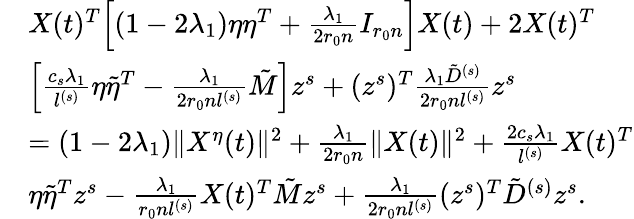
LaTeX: \begin{array}{rl}&{X(t)^{T}\Big[(1-2\lambda_{1})\eta\eta^{T}+\frac{\lambda_{1}}{2r_{0}n}I_{r_{0}n}\Big]X(t)+2X(t)^{T}}\\ &{\Big[\frac{c_{s}\lambda_{1}}{l^{(s)}}\eta\tilde{\eta}^{T}-\frac{\lambda_{1}}{2r_{0}nl^{(s)}}\tilde{M}\Big]z^{s}+(z^{s})^{T}\frac{\lambda_{1}\tilde{D}^{(s)}}{2r_{0}nl^{(s)}}z^{s}}\\ &{=(1-2\lambda_{1})\| X^{\eta}(t)\| ^{2}+\frac{\lambda_{1}}{2r_{0}n}\| X(t)\| ^{2}+\frac{2c_{s}\lambda_{1}}{l^{(s)}}X(t)^{T}}\\ &{\eta\tilde{\eta}^{T}z^{s}-\frac{\lambda_{1}}{r_{0}nl^{(s)}}X(t)^{T}\tilde{M}z^{s}+\frac{\lambda_{1}}{2r_{0}nl^{(s)}}(z^{s})^{T}\tilde{D}^{(s)}z^{s}.}\end{array}